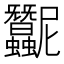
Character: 𧖛